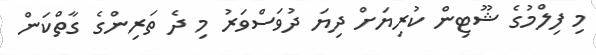
މި ފިލްމުގެ ޝޫޓިން ކުރިޔަށް ދިޔަ ދުވަސްވަރު މި ދެ ތަރިންގެ ގާތްކަން